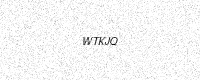
Text: WTKJQ